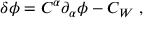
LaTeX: \delta \phi = C ^ { \alpha } { \partial } _ { \alpha } \phi - C _ { W } ~ ,